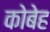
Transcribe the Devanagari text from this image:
कोबेह